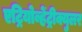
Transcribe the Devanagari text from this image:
एट्रियोव्हेंट्रीक्युलर